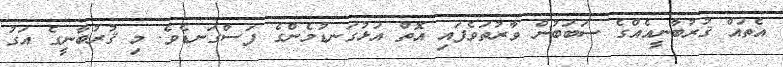
އެތައް ޤުރުބާނީއެއްގެ ސަބަބުން ވާރުތަވެފައި އޮތް އަޅުގަނޑުމެންގެ ފަސްގަނޑެވެ. މި ޤުރުބާނީގެ އަގު